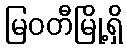
မြဝတီမြို့ရှိ